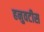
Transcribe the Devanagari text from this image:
हनुवटीस